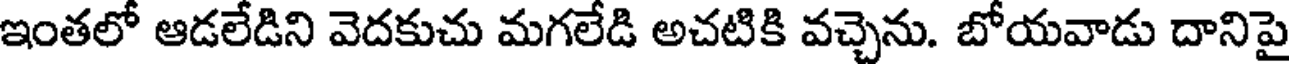
ఇంతలో ఆడలేడిని వెదకుచు మగలేడి అచటికి వచ్చెను. బోయవాడు దానిపై